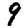
Digit: 9